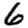
Digit: 6